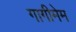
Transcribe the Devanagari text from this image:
गागीमेम